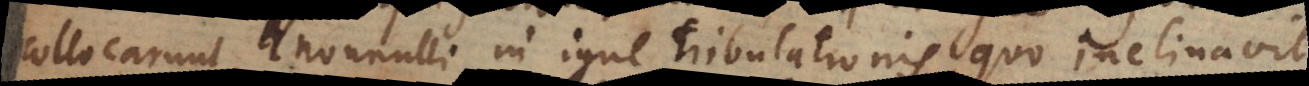
collocarunt, nonnulli in igne tribulationis, quo inclinavit